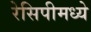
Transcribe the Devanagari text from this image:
रेसिपीमध्ये